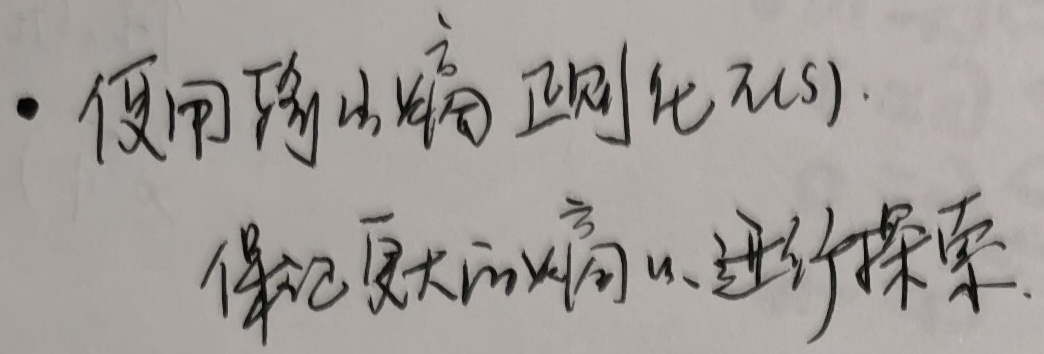
- 使用熵山熵正则化$\pi(s)$。保证更大的熵以进行探索。